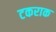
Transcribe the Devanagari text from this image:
टकराक